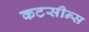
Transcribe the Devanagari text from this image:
कटसीन्स